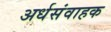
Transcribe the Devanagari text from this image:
अर्धसंवाहक